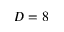
D = 8